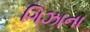
ગિઝાના